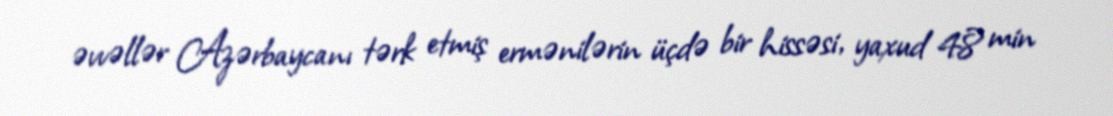
əvvəllər Azərbaycanı tərk etmiş ermənilərin üçdə bir hissəsi, yaxud 48 min